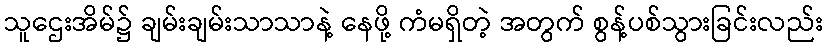
သူဌေးအိမ်၌ ချမ်းချမ်းသာသာနဲ့ နေဖို့ ကံမရှိတဲ့ အတွက် စွန့်ပစ်သွားခြင်းလည်း